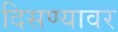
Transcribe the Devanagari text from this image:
दिसण्यावर